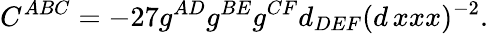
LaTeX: C^{ABC}=-27g^{AD}g^{BE}g^{CF}d_{DEF}(d\, xxx)^{-2}.